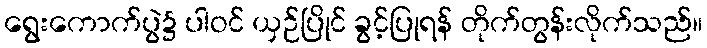
ရွေးကောက်ပွဲ၌ ပါဝင် ယှဉ်ပြိုင် ခွင့်ပြုရန် တိုက်တွန်းလိုက်သည်။